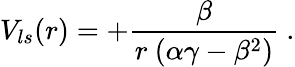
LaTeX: V_{ls}(r)={\displaystyle+\frac{\beta}{r~(\alpha\gamma-\beta^{2})}}~.